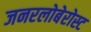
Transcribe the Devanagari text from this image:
जनरलोबेरोस्ट